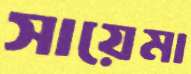
সায়েমা